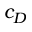
c _ { D }